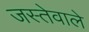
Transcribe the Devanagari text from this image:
जस्तेवाले